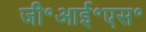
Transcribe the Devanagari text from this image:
जी॰आई॰एस॰